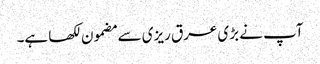
آپ نے بڑی عرق ریزی سے مضمون لکھا ہے۔